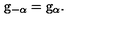
\mathrm { \sl g } _ { - \alpha } = \mathrm { \sl g } _ { \alpha } .